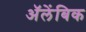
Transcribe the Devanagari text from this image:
अॅलेंबिक